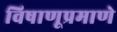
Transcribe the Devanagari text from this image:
विषाणूप्रमाणे